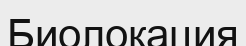
Биолокация